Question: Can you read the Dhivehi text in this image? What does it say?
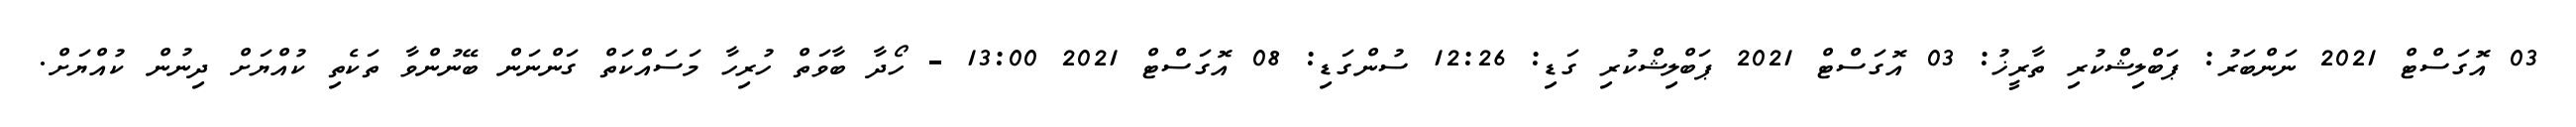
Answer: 03 އޮގަސްޓް 2021 ނަންބަރު: ޕަބްލިޝްކުރި ތާރީޚު: 03 އޮގަސްޓް 2021 ޕަބްލިޝްކުރި ގަޑި: 12:26 ސުންގަޑި: 08 އޮގަސްޓް 2021 13:00 - ހޯދާ ބާވަތް ހުރިހާ މަސައްކަތް ގަންނަން ބޭނުންވާ ތަކެތި ކުއްޔަށް ދިނުން ކުއްޔަށް.